system: You are a helpful assistant.
user:
Analyze the provided spectrum to determine if it is a **M-type Giant (gM)**.

A M-type Giant spectrum is defined by its **strong molecular absorption** features, particularly from **Titanium Oxide (TiO)**. You must check for one of the following mutually exclusive signatures:

- **Key Visual Indicators (Absorption-Dominated Spectrum):**

    - **(Primary):** The spectrum is dominated by strong molecular absorption from **Titanium Oxide (TiO)**. This is the **defining feature** of its M-type temperature class.
        - **(Key Bandheads):** Look for sharp, "saw-tooth" absorption valleys. The strongest are located near **~7050 Å**, **~6160 Å**, and **~5170 Å**.
        - **(Line Profile):** The "saw-tooth" morphology is critical: a **sharp, steep drop on the BLUE (short-wavelength) side** of the bandhead, followed by a gradual recovery (rising flux) towards the RED (long-wavelength) side.

    - **(Key Confirmation - Giant vs. Dwarf):** **ABSENCE** of strong **Calcium Hydride (CaH)** molecular bands. This is the primary diagnostic for *excluding* M-dwarfs.
        - **(Key Region):** The spectrum should lack the strong, broad absorption band seen in dwarfs between **~6800 Å and ~7000 Å**.

    - **(Secondary Confirmation - Giant):** A very strong and broad **Neutral Calcium (Ca I)** atomic absorption line.
        - **(Key Line):** Located at **~4226 Å**. In a giant (gM), this line is significantly deeper and broader than the same line in an M-dwarf (dM) due to low surface gravity.

    - **(Overall Spectrum):**
        - The continuum is **extremely red-sloping** (i.e., flux is very low in the blue and rises dramatically towards the red).
        - The entire spectrum appears "chopped up" by the deep TiO bands.

Think first, call **spectral_visualization_tool** if needed to examine features in detail, then provide your final answer. Your response must adhere to the following strict rules:
1.  **Overall Structure:** Your response must follow the format `<think>...</think> <tool_call>...</tool_call> (if a tool is used) <answer>...</answer>`.
2.  **Tool Usage Constraint:** You may only make **one** tool call per turn.
3.  **Final Answer Format:** In the `<answer>` tag, your conclusion must be inside a `\boxed{}` command (e.g., `\boxed{YES}` or `\boxed{NO}`), followed by your justification.

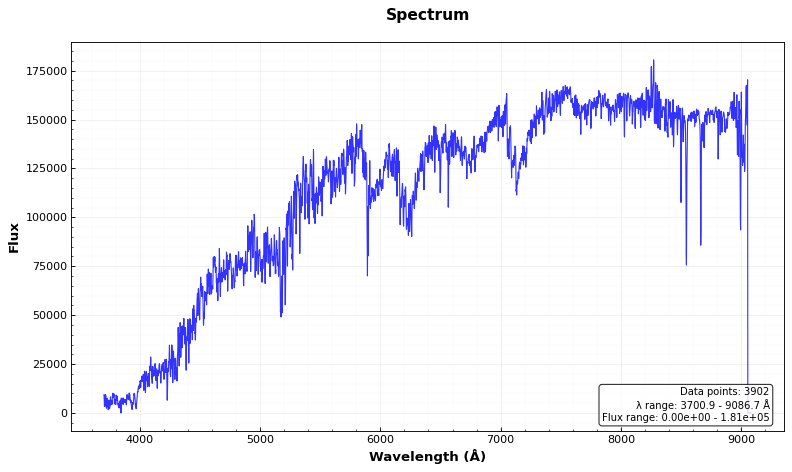
Answer: YES